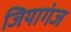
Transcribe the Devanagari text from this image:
जियागंज